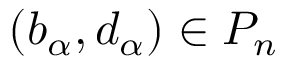
( b _ { \alpha } , d _ { \alpha } ) \in P _ { n }